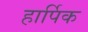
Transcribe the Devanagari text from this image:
हार्पिक